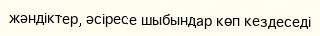
жәндіктер, әсіресе шыбындар көп кездеседі